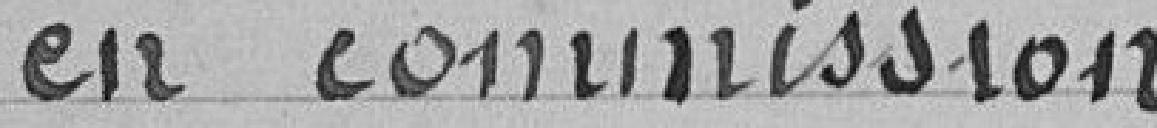
en commission